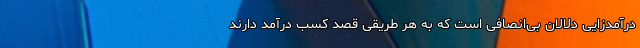
درآمدزایی دلالان بی‌انصافی است که به هر طریقی قصد کسب درآمد دارند